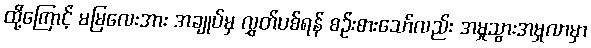
ထို့ကြောင့် မမြလေးအား အချုပ်မှ လွှတ်ပစ်ရန် စဉ်းစားသော်လည်း အမှုသွားအမှုလာမှာ